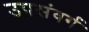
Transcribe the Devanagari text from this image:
उपसंवर्ग